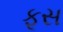
ફૂસ